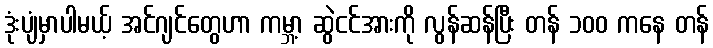
ဒုံးပျံမှာပါမယ့် အင်ဂျင်တွေဟာ ကမ္ဘာ့ ဆွဲငင်အားကို လွန်ဆန်ပြီး တန် ၁၀၀ ကနေ တန်